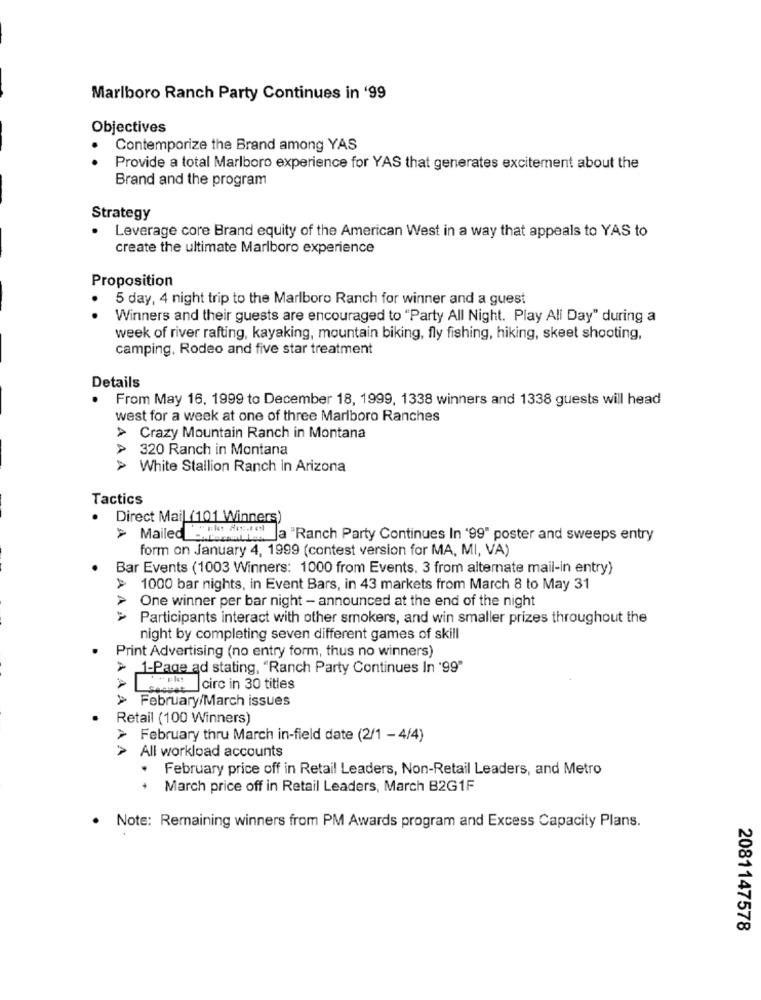
Marlboro Ranch Party Continues in '99
Objectives
Contemporize the Brand among YAS
Provide a total Marlboro experience for YAS that generates excitement about the
Brand and the program
Strategy
.
Leverage core Brand equity of the American West in a way that appeals to YAS to
create the ultimate Marlboro experience
Proposition
5 day, 4 night trip to the Marlboro Ranch for winner and a guest
Winners and their guests are encouraged to "Party All Night. Play All Day" during a
week of river rafting, kayaking, mountain biking, fly fishing, hiking, skeet shooting,
camping, Rodeo and five star treatment
Details
.
From May 16, 1999 to December 18, 1999, 1338 winners and 1338 guests will head
west for a week at one of three Marlboro Ranches
> Crazy Mountain Ranch in Montana
320 Ranch in Montana
> White Stallion Ranch in Arizona
Tactics
Direct Mail (101 Winners)
> Mailed -Achat les
a "Ranch Party Continues In '99" poster and sweeps entry
form on January 4, 1999 (contest version for MA, MI, VA)
Bar Events (1003 Winners: 1000 from Events. 3 from alternate mail-in entry)
> 1000 bar nights, in Event Bars, in 43 markets from March 8 to May 31
One winner per bar night - announced at the end of the night
> Participants interact with other smokers, and win smaller prizes throughout the
night by completing seven different games of skill
Print Advertising (no entry form, thus no winners)
> 1-Page ad stating, "Ranch Party Continues In '99"
secure circ in 30 titles
> February/March issues
· Retail (100 Winners)
> February thru March in-field date (2/1 - 4/4)
> All workload accounts
February price off in Retail Leaders, Non-Retail Leaders, and Metro
+ March price off in Retail Leaders, March B2G1F
. Note: Remaining winners from PM Awards program and Excess Capacity Plans.
2081147578